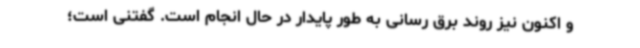
و اکنون نیز روند برق رسانی به طور پایدار در حال انجام است. گفتنی است؛